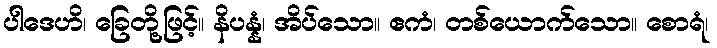
ပါဒေဟိ၊ ခြေတို့ဖြင့်။ နိပန္နံ၊ အိပ်သော။ ဧကံ၊ တစ်ယောက်သော။ စောရံ၊